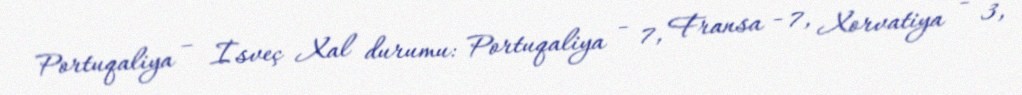
Portuqaliya – İsveç Xal durumu: Portuqaliya - 7, Fransa - 7, Xorvatiya - 3,